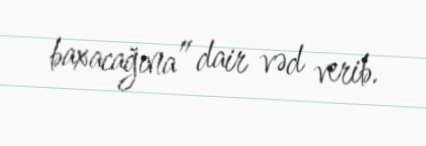
baxacağına” dair vəd verib.